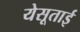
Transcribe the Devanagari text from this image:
येसूताई